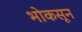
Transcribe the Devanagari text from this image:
भोकसून